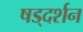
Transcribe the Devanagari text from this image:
षड्‌दर्शन